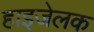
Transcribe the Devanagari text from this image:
हाइजेलक